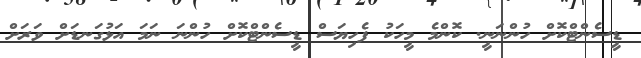
ޑީސެންޓްކޮށް ހުންނަނީ. ކޮންމެ މީހަކު ފެހިޔަސް ޑީސެންޓްކޮށް ހުންނަ ނަމަ އަޅުގަނޑަށް ވަރަށް